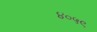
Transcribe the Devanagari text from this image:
४०५९